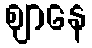
ဈာနေ